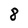
Character: 8